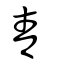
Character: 青